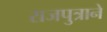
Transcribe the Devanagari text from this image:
राजपुत्राने